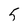
Character: 5